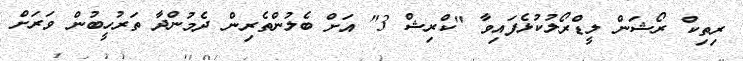
ރިތިކް ރޯޝަން ލީޑްރޯލުކުޅެފައިވާ "ކްރިޝް 3" އަށް ބެލުންތެރިން ދެމުންދާ ތަރުހީބުން ވަރަށް